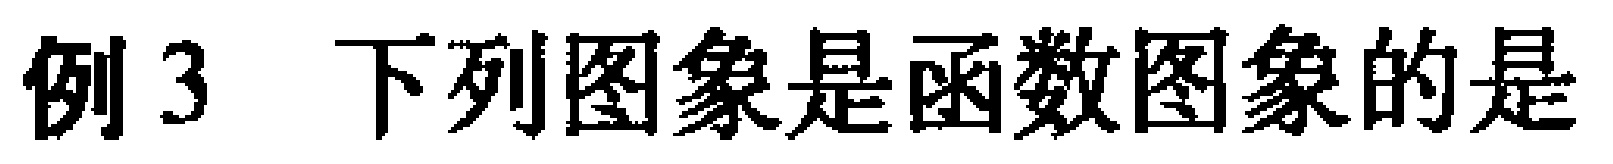
例3 下列图象是函数图象的是